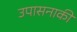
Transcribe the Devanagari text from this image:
उपासनाकी